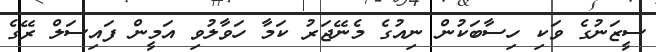
ސީޒަނުގެ ވަކި ހިސާބަކުން ނިއުގެ މެނޭޖަރު ކަމާ ހަވާލުވި އަމީން ފައިސަލް ރޭގެ